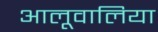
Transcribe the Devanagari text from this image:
आलूवालिया